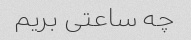
چه ساعتی بریم